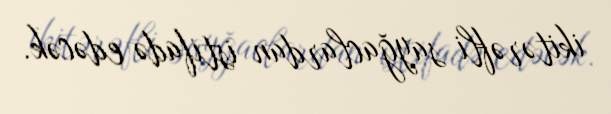
ikitərəfli sayğaclardan istifadə edəcək.